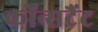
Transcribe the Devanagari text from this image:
कॉन्सटैंट